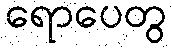
ရောပေတွ